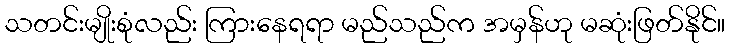
သတင်းမျိုးစုံလည်း ကြားနေရရာ မည်သည်က အမှန်ဟု မဆုံးဖြတ်နိုင်။